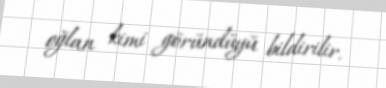
oğlan kimi göründüyü bildirilir.